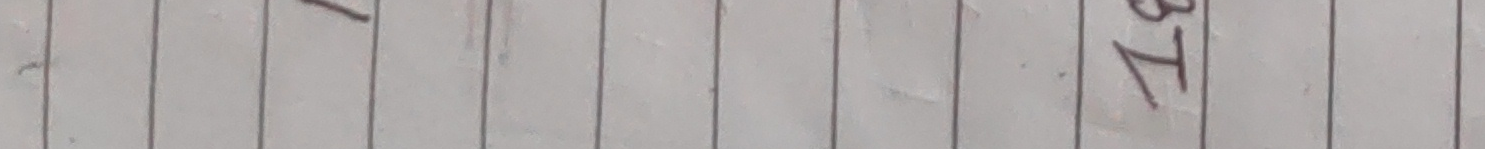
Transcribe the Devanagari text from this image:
३४